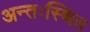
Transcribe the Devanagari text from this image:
अन्तःस्थित